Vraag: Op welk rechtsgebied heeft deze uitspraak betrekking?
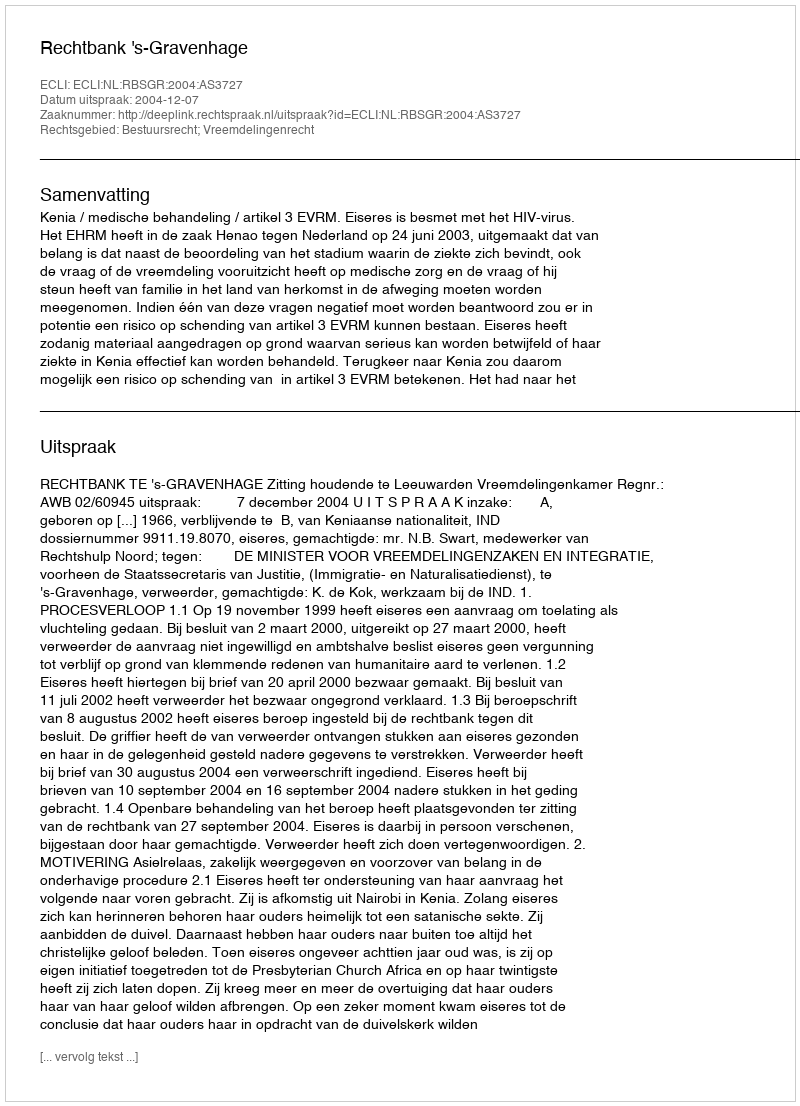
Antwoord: Bestuursrecht; Vreemdelingenrecht